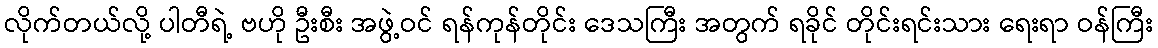
လိုက်တယ်လို့ ပါတီရဲ့ ဗဟို ဦးစီး အဖွဲ့ဝင် ရန်ကုန်တိုင်း ဒေသကြီး အတွက် ရခိုင် တိုင်းရင်းသား ရေးရာ ဝန်ကြီး